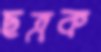
ছত্রক